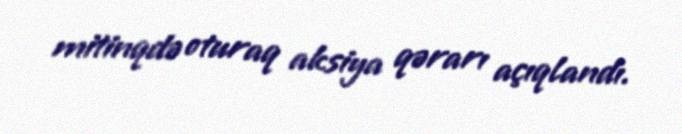
mitinqdə oturaq aksiya qərarı açıqlandı.